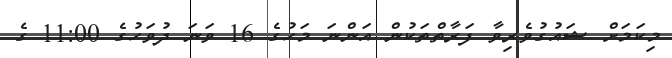
މިކަމަށް ޝައުގުވެރިވާ ފަރާތްތަކުން އަންނަ މަހުގެ 16 ވަނަ ދުވަހުގެ 11:00 ގެ